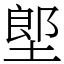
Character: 𡏅